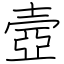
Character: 壼